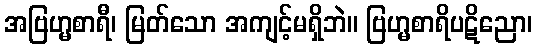
အဗြဟ္မစာရီ၊ မြတ်သော အကျင့်မရှိဘဲ။ ဗြဟ္မစာရိပဋိညော၊